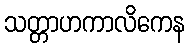
သတ္တာဟကာလိကေန